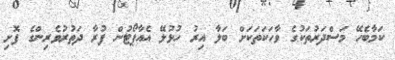
ކަމާބެހޭ މަސްދަރުތަކުގެ ވާހަކަތަކަށް ބަލާ އިރު ހުޅުލޭ އެއާޕޯޓުން ފުރާ ދަތުރުވެރިންގެ ފޮށި